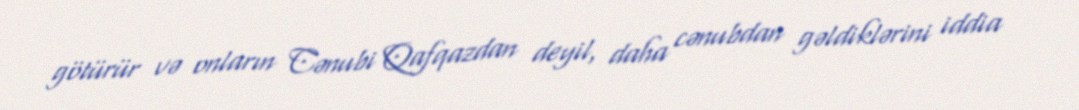
götürür və onların Cənubi Qafqazdan deyil, daha cənubdan gəldiklərini iddia